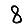
Digit: 8